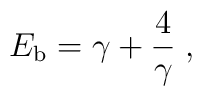
E_{\rm b} = \gamma + { 4 \over \gamma}\;,